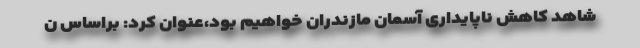
شاهد کاهش ناپایداری آسمان مازندران خواهیم بود،عنوان کرد: براساس ن